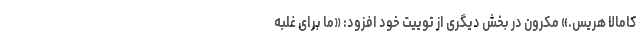
کامالا هریس.» مکرون در بخش دیگری از توییت خود افزود: «ما برای غلبه